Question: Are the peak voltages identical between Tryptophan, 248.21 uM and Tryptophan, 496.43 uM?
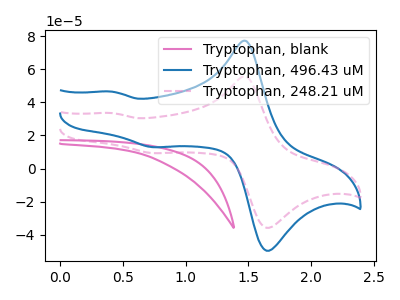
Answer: <think>The pink curve "Tryptophan, blank" has no peaks. The blue curve "Tryptophan, 496.43 uM" has anodic peaks at (1.50V, 77.05uA) (0.40V, 46.45uA) and cathodic peaks at (1.70V, -48.85uA) (0.75V, 12.90uA). The pink dashed curve "Tryptophan, 248.21 uM" has anodic peaks at (1.50V, 55.55uA) (0.40V, 33.50uA) and cathodic peaks at (1.70V, -35.20uA) (0.75V, 9.30uA).</think>
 <answer>Yes, "Tryptophan, 248.21 uM" have a peak in "Tryptophan, 496.43 uM" at the same potential.</answer>
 <eval>match</eval>